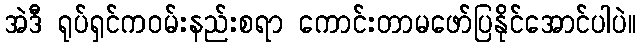
အဲဒီ ရုပ်ရှင်ကဝမ်းနည်းစရာ ကောင်းတာမဖော်ပြနိုင်အောင်ပါပဲ။